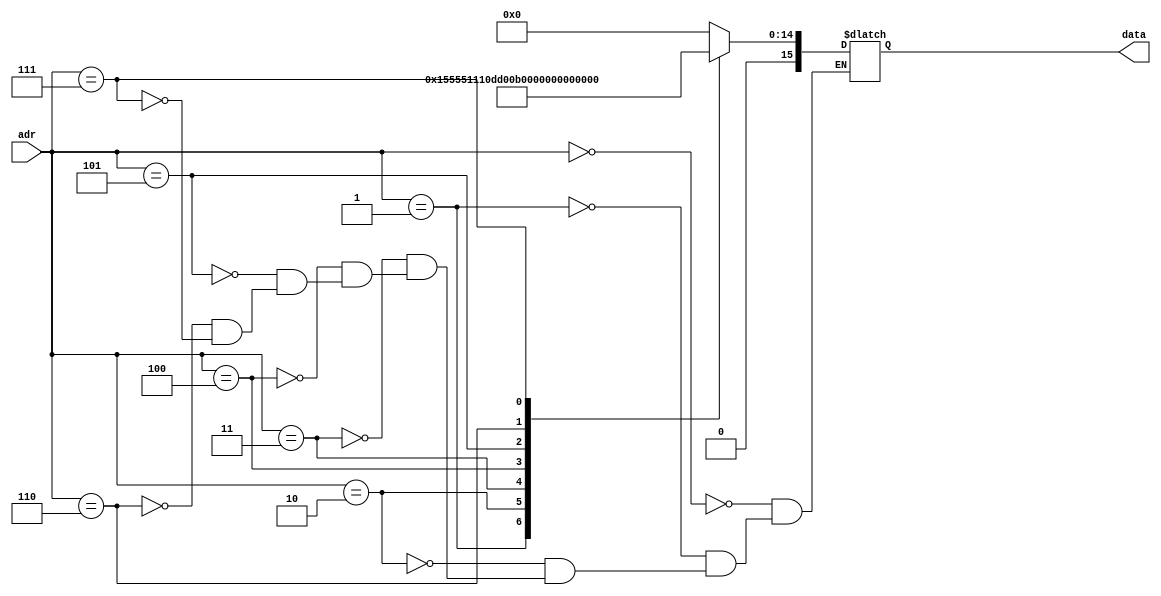
module LUT(input [3:0] adr, output [15:0] data);
	reg [15:0] temp_data;
	always @(adr) begin
		case(adr)
			0: temp_data = 16'h0000; // 0
			1: temp_data = 16'h5555; // 1/3
			2: temp_data = 16'h2222; // 2/15
			3: temp_data = 16'h0DD0; // 17/315
			4: temp_data = 16'h0599; // 62/2835
			5: temp_data = 16'h0244; // 1382/155925
			6: temp_data = 16'h00EB; // 21844/6081075
			7: temp_data = 16'h005F; // 929569/638512875
		endcase
	end
	assign data = temp_data;
endmodule